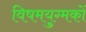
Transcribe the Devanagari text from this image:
विषमयुग्मकों